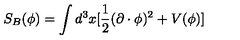
S _ { B } ( \phi ) = \int d ^ { 3 } x [ \frac { 1 } { 2 } ( \partial \cdot \phi ) ^ { 2 } + V ( \phi ) ]